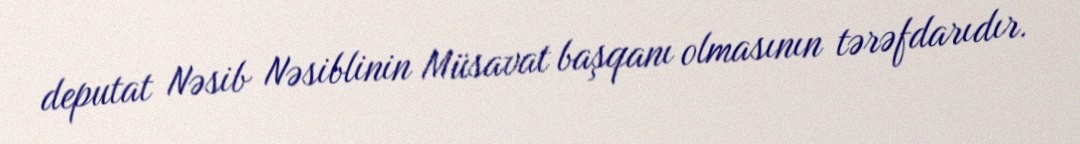
deputat Nəsib Nəsiblinin Müsavat başqanı olmasının tərəfdarıdır.